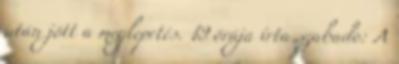
után jött a meglepetés. 19 órája írta szabado: A